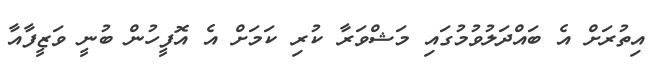
އިތުރަށް އެ ބައްދަލުވުމުގައި މަޝްވަރާ ކުރި ކަމަށް އެ އޮފީހުން ބުނީ ވަޒީފާއާ